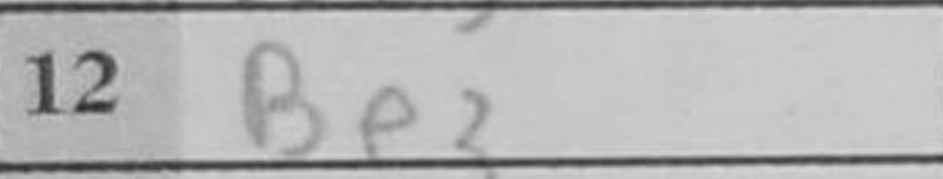
Transcription: Be3